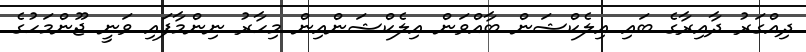
ދިއްގަރު ދާއިރާގެ ބައި އިލެކްޝަން ބާއްވަން އިލެކްޝަންއިން މިހާރު ނިންމާފައި ވަނީ ޖޫންމަހުގެ